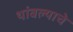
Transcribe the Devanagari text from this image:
थांबल्याचे